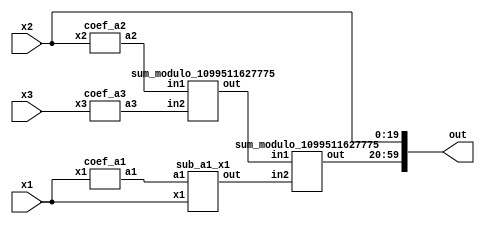
module reverse_converter_1048577_1048576_1048575 (x1, x2, x3, out);
	input [20:0] x1;
	input [19:0] x2;
	input [19:0] x3;
	wire [39:0] a1;
	wire [39:0] a2;
	wire [39:0] a3;
	wire [39:0] sum1;
	wire [39:0] sum2;
	wire [39:0] sum3;
	output [59:0] out;
		
	coef_a1 ca1(x1,a1);
	coef_a2 ca2(x2,a2);
	coef_a3 ca3(x3,a3);
	sum_modulo_1099511627775 sm1(a2, a3, sum1);
	sub_a1_x1 sm2(a1, x1, sum2);
	sum_modulo_1099511627775 sm3(sum1, sum2, sum3);
	
	assign out[0] = x2[0];
	assign out[1] = x2[1];
	assign out[2] = x2[2];
	assign out[3] = x2[3];
	assign out[4] = x2[4];
	assign out[5] = x2[5];
	assign out[6] = x2[6];
	assign out[7] = x2[7];
	assign out[8] = x2[8];
	assign out[9] = x2[9];
	assign out[10] = x2[10];
	assign out[11] = x2[11];
	assign out[12] = x2[12];
	assign out[13] = x2[13];
	assign out[14] = x2[14];
	assign out[15] = x2[15];
	assign out[16] = x2[16];
	assign out[17] = x2[17];
	assign out[18] = x2[18];
	assign out[19] = x2[19];
	
	assign out[20] = sum3[0];
	assign out[21] = sum3[1];
	assign out[22] = sum3[2];
	assign out[23] = sum3[3];
	assign out[24] = sum3[4];
	assign out[25] = sum3[5];
	assign out[26] = sum3[6];
	assign out[27] = sum3[7];
	assign out[28] = sum3[8];
	assign out[29] = sum3[9];
	assign out[30] = sum3[10];
	assign out[31] = sum3[11];
	assign out[32] = sum3[12];
	assign out[33] = sum3[13];
	assign out[34] = sum3[14];
	assign out[35] = sum3[15];
	assign out[36] = sum3[16];
	assign out[37] = sum3[17];
	assign out[38] = sum3[18];
	assign out[39] = sum3[19];
	assign out[40] = sum3[20];
	assign out[41] = sum3[21];
	assign out[42] = sum3[22];
	assign out[43] = sum3[23];
	assign out[44] = sum3[24];
	assign out[45] = sum3[25];
	assign out[46] = sum3[26];
	assign out[47] = sum3[27];
	assign out[48] = sum3[28];
	assign out[49] = sum3[29];
	assign out[50] = sum3[30];
	assign out[51] = sum3[31];
	assign out[52] = sum3[32];
	assign out[53] = sum3[33];
	assign out[54] = sum3[34];
	assign out[55] = sum3[35];
	assign out[56] = sum3[36];
	assign out[57] = sum3[37];
	assign out[58] = sum3[38];
	assign out[59] = sum3[39];
	
endmodule

module coef_a3 (x3, a3);
	input [19:0] x3;
	output [39:0] a3;
	assign a3[39] = x3[0];
	assign a3[38] = x3[19];
	assign a3[37] = x3[18];
	assign a3[36] = x3[17];
	assign a3[35] = x3[16];
	assign a3[34] = x3[15];
	assign a3[33] = x3[14];
	assign a3[32] = x3[13];
	assign a3[31] = x3[12];
	assign a3[30] = x3[11];
	assign a3[29] = x3[10];
	assign a3[28] = x3[9];
	assign a3[27] = x3[8];
	assign a3[26] = x3[7];
	assign a3[25] = x3[6];
	assign a3[24] = x3[5];
	assign a3[23] = x3[4];
	assign a3[22] = x3[3];
	assign a3[21] = x3[2];
	assign a3[20] = x3[1];
	assign a3[19] = x3[0];
	assign a3[18] = x3[19];
	assign a3[17] = x3[18];
	assign a3[16] = x3[17];
	assign a3[15] = x3[16];
	assign a3[14] = x3[15];
	assign a3[13] = x3[14];
	assign a3[12] = x3[13];
	assign a3[11] = x3[12];
	assign a3[10] = x3[11];
	assign a3[9] = x3[10];
	assign a3[8] = x3[9];
	assign a3[7] = x3[8];
	assign a3[6] = x3[7];
	assign a3[5] = x3[6];
	assign a3[4] = x3[5];
	assign a3[3] = x3[4];
	assign a3[2] = x3[3];
	assign a3[1] = x3[2];
	assign a3[0] = x3[1];
endmodule

module coef_a2 (x2, a2);
	input [19:0] x2;
	output [39:0] a2;
	assign a2[39] = ~x2[19];
	assign a2[38] = ~x2[18];
	assign a2[37] = ~x2[17];
	assign a2[36] = ~x2[16];
	assign a2[35] = ~x2[15];
	assign a2[34] = ~x2[14];
	assign a2[33] = ~x2[13];
	assign a2[32] = ~x2[12];
	assign a2[31] = ~x2[11];
	assign a2[30] = ~x2[10];
	assign a2[29] = ~x2[9];
	assign a2[28] = ~x2[8];
	assign a2[27] = ~x2[7];
	assign a2[26] = ~x2[6];
	assign a2[25] = ~x2[5];
	assign a2[24] = ~x2[4];
	assign a2[23] = ~x2[3];
	assign a2[22] = ~x2[2];
	assign a2[21] = ~x2[1];
	assign a2[20] = ~x2[0];
	assign a2[19] = 1;
	assign a2[18] = 1;
	assign a2[17] = 1;
	assign a2[16] = 1;
	assign a2[15] = 1;
	assign a2[14] = 1;
	assign a2[13] = 1;
	assign a2[12] = 1;
	assign a2[11] = 1;
	assign a2[10] = 1;
	assign a2[9] = 1;
	assign a2[8] = 1;
	assign a2[7] = 1;
	assign a2[6] = 1;
	assign a2[5] = 1;
	assign a2[4] = 1;
	assign a2[3] = 1;
	assign a2[2] = 1;
	assign a2[1] = 1;
	assign a2[0] = 1;
endmodule

module coef_a1 (x1, a1);
	input [20:0] x1;
	output [39:0] a1;
	wire bx;
	
	assign bx = x1[20] ^ x1[0];
	assign a1[39] = bx;
	assign a1[38] = x1[19];
	assign a1[37] = x1[18];
	assign a1[36] = x1[17];
	assign a1[35] = x1[16];
	assign a1[34] = x1[15];
	assign a1[33] = x1[14];
	assign a1[32] = x1[13];
	assign a1[31] = x1[12];
	assign a1[30] = x1[11];
	assign a1[29] = x1[10];
	assign a1[28] = x1[9];
	assign a1[27] = x1[8];
	assign a1[26] = x1[7];
	assign a1[25] = x1[6];
	assign a1[24] = x1[5];
	assign a1[23] = x1[4];
	assign a1[22] = x1[3];
	assign a1[21] = x1[2];
	assign a1[20] = x1[1];
	assign a1[19] = bx;
	assign a1[18] = x1[19];
	assign a1[17] = x1[18];
	assign a1[16] = x1[17];
	assign a1[15] = x1[16];
	assign a1[14] = x1[15];
	assign a1[13] = x1[14];
	assign a1[12] = x1[13];
	assign a1[11] = x1[12];
	assign a1[10] = x1[11];
	assign a1[9] = x1[10];
	assign a1[8] = x1[9];
	assign a1[7] = x1[8];
	assign a1[6] = x1[7];
	assign a1[5] = x1[6];
	assign a1[4] = x1[5];
	assign a1[3] = x1[4];
	assign a1[2] = x1[3];
	assign a1[1] = x1[2];
	assign a1[0] = x1[1];
	
endmodule

// Sum modulo (2^40 - 1) = 1099511627775
module sum_modulo_1099511627775 (in1, in2, out);
	input [39:0] in1;
	input [39:0] in2;
	output reg [39:0] out;
	wire [40:0] data;
	wire [40:0] data2;
	assign data = in1 + in2;
	assign data2 = in1 + in2 + 1;
	always @(*)
	begin
		if (data2[40] == 1)
			out <= data2[39:0];
		else
			out <= data[39:0];
	end
endmodule

module sub_a1_x1 (a1, x1, out);
	input [39:0] a1;
	input [20:0] x1;
	output [39:0] out;
	
	assign out = a1 - x1;
	
endmodule